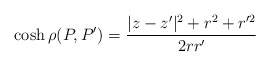
\begin{align*}\cosh\rho(P,P')=\frac{|z-z'|^2+r^2+r'^2}{2rr'}\end{align*}